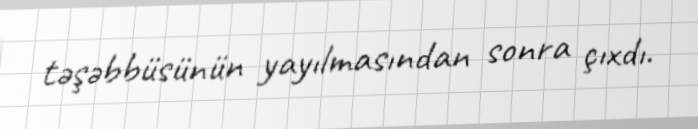
təşəbbüsünün yayılmasından sonra çıxdı.